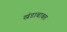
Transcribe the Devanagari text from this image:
खंडाबाबत